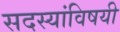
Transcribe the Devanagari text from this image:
सदस्यांविषयी